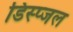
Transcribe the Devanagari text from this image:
डिस्प्जल